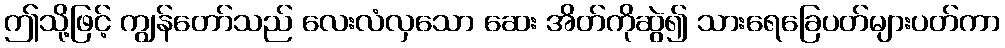
ဤသို့ဖြင့် ကျွန်တော်သည် လေးလံလှသော ဆေး အိတ်ကိုဆွဲ၍ သားရေခြေပတ်များပတ်ကာ